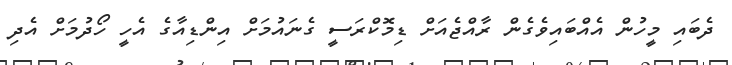
ދެބައި މީހުން އެއްބައިވެގެން ރާއްޖެއަށް ޑިމޮކްރަސީ ގެނައުމަށް އިންޑިއާގެ އެހީ ހޯދުމަށް އެދި